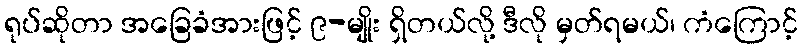
ရုပ်ဆိုတာ အခြေခံအားဖြင့် ၉-မျိုး ရှိတယ်လို့ ဒီလို မှတ်ရမယ်၊ ကံကြောင့်